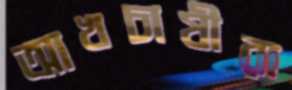
আখচাষীরা